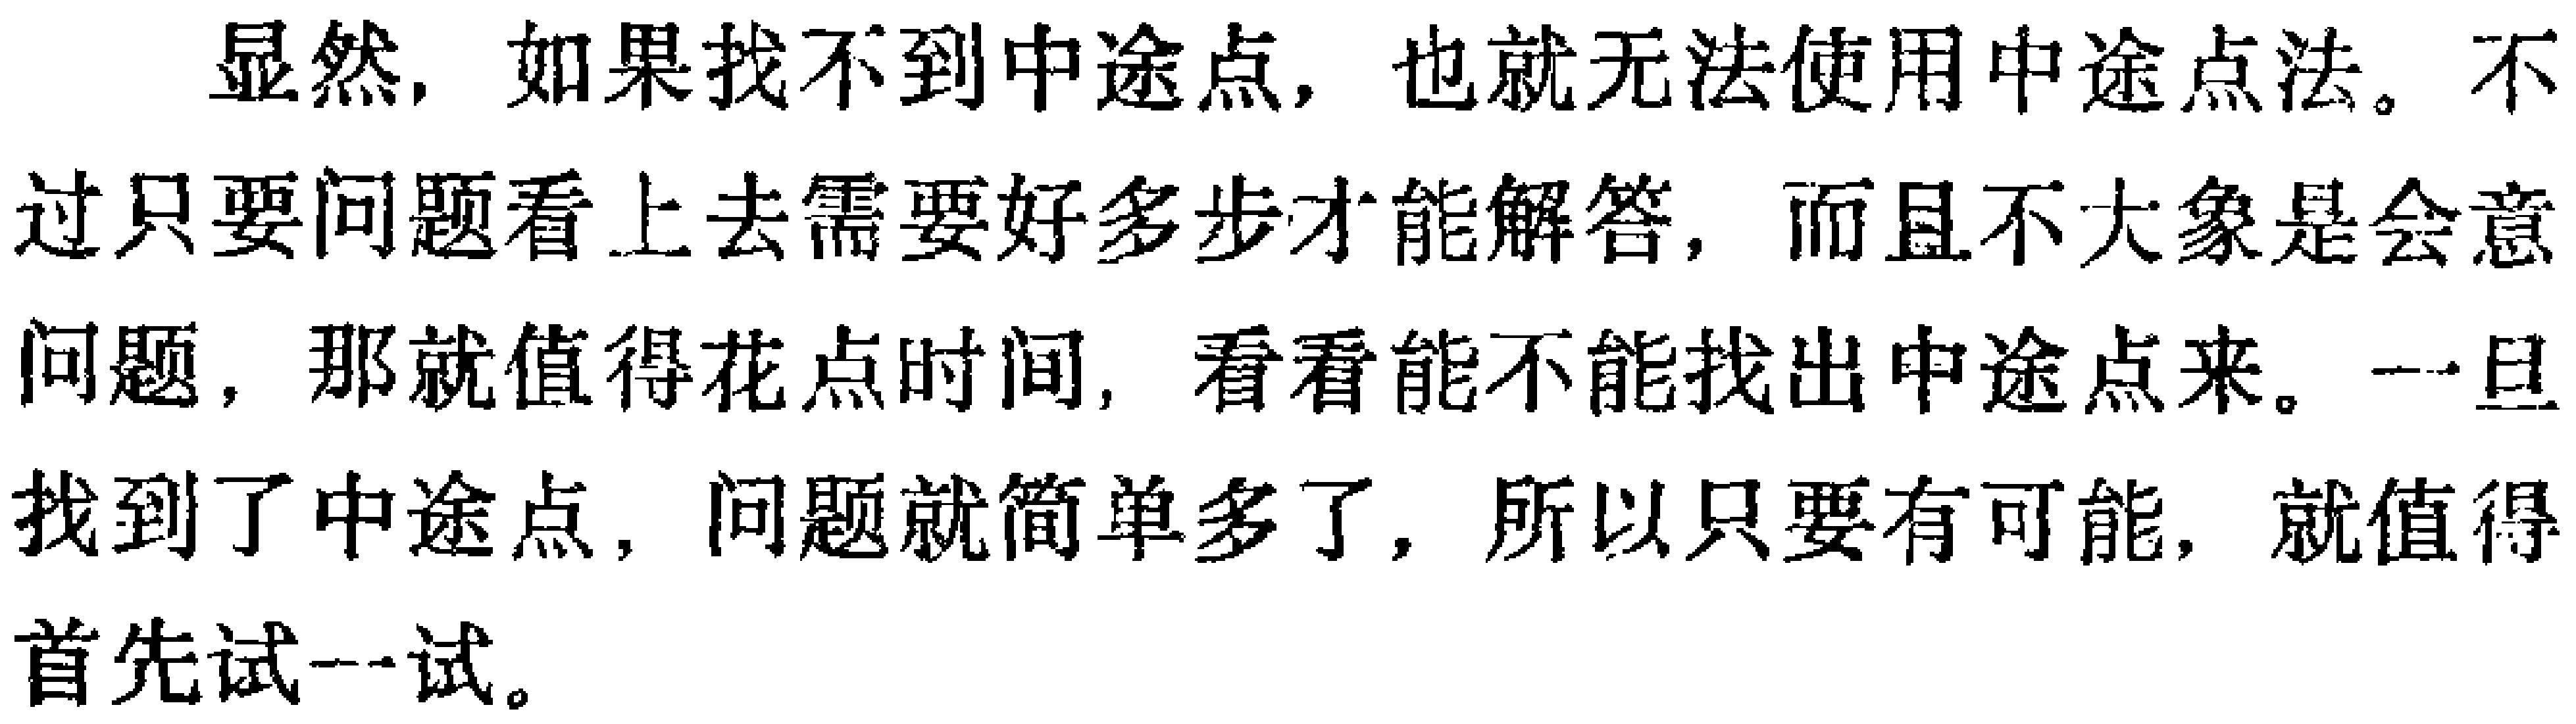
显然，如果找不到中途点，也就无法使用中途点法。不过只要问题看上去需要好多步才能解答，而且不大象是会意问题，那就值得花点时间，看看能不能找出中途点来。一旦找到了中途点，问题就简单多了，所以只要有可能，就值得首先试一试。